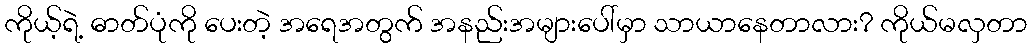
ကိုယ့်ရဲ့ ဓာတ်ပုံကို ပေးတဲ့ အရေအတွက် အနည်းအများပေါ်မှာ သာယာနေတာလား? ကိုယ်မလှတာ